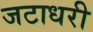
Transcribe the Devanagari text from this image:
जटाधरी